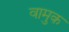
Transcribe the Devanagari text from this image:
वामुक